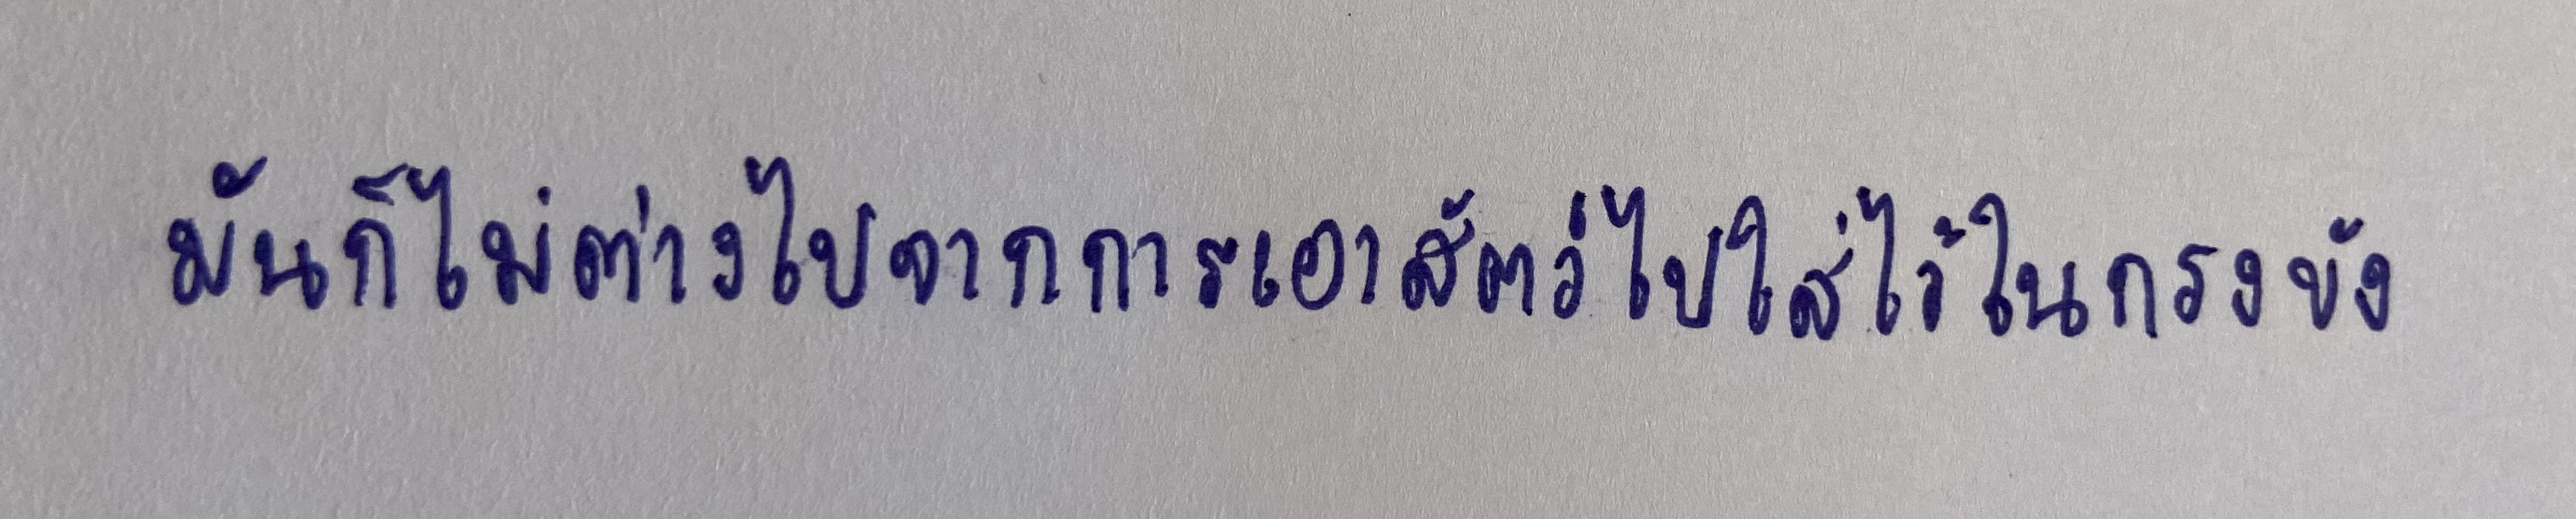
มันก็ไม่ต่างไปจากการเอาสัตว์ไปใส่ไว้ในกรงขัง"